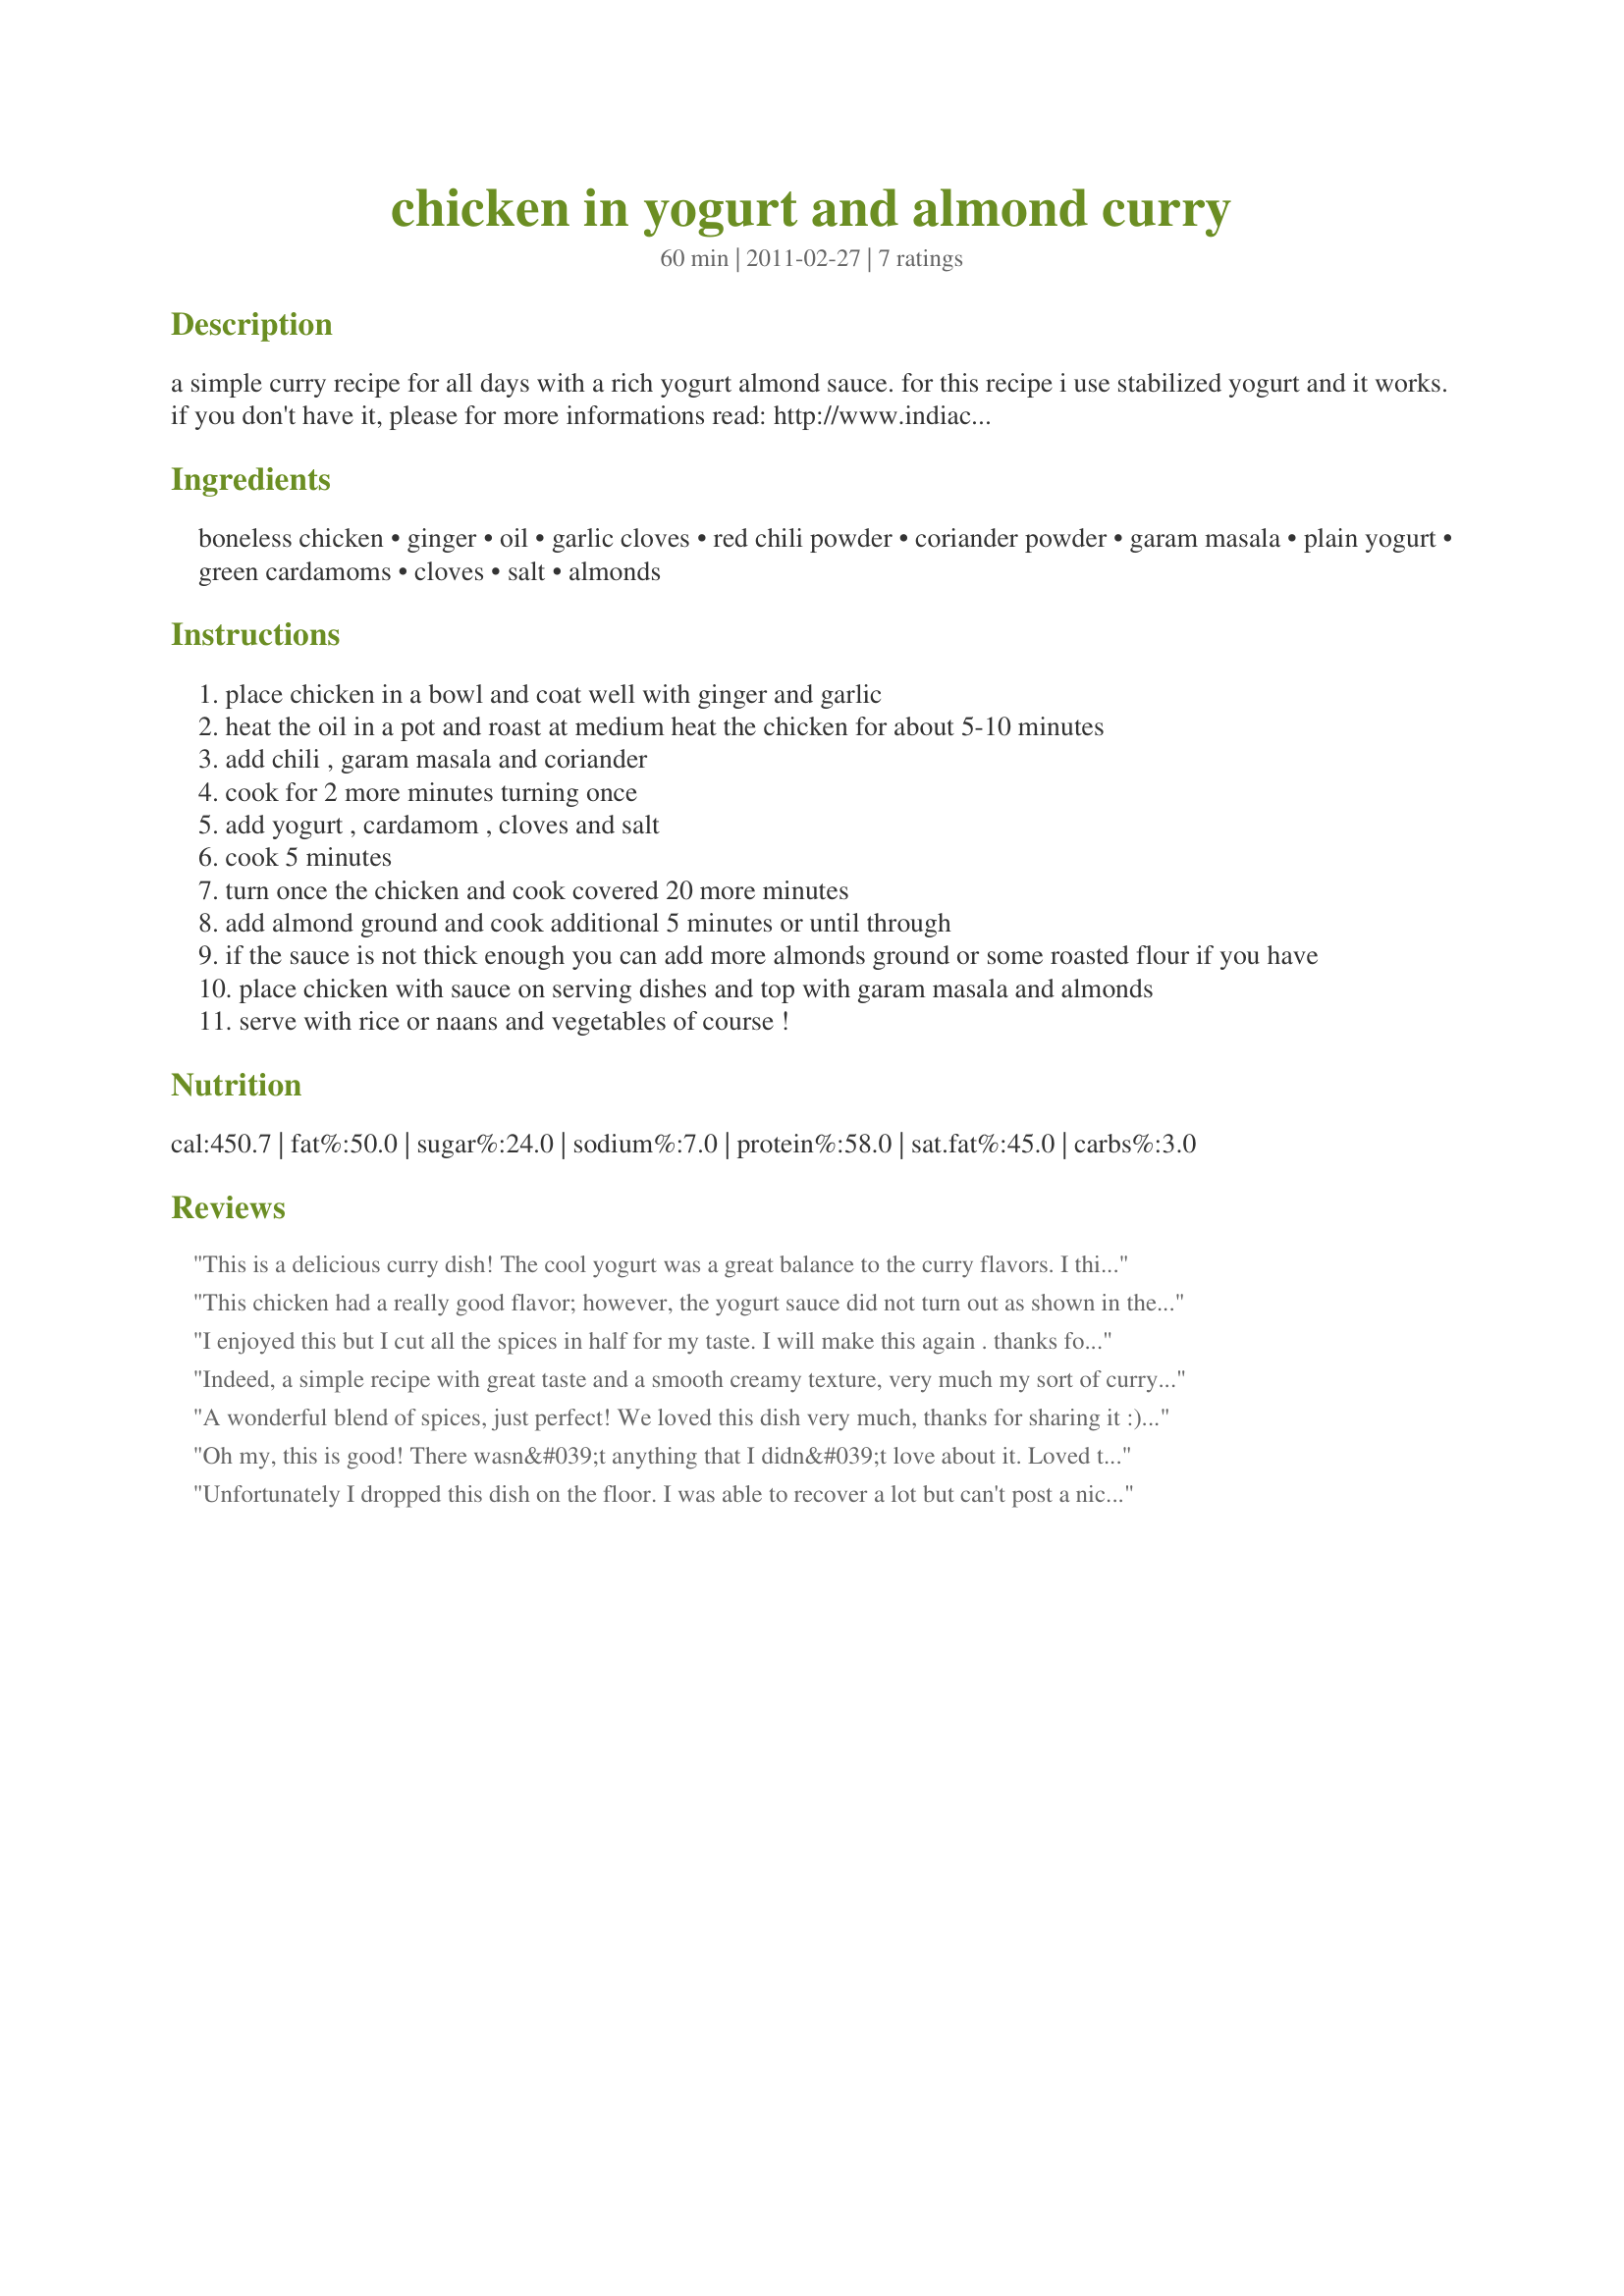
chicken in yogurt and almond curry
Preparation time: 60 minutes

a simple curry recipe for all days with a rich yogurt almond sauce.
for this recipe i use stabilized yogurt and it works. if you don't have it, please for more informations read: http://www.indiacurry.com/faqhints/preventyogurtcurdling.htm

Ingredients:
boneless chicken, ginger, oil, garlic cloves, red chili powder, coriander powder, garam masala, plain yogurt, green cardamoms, cloves, salt, almonds

Steps:
place chicken in a bowl and coat well with ginger and garlic
heat the oil in a pot and roast at medium heat the chicken for about 5-10 minutes
add chili , garam masala and coriander
cook for 2 more minutes turning once
add yogurt , cardamom , cloves and salt
cook 5 minutes
turn once the chicken and cook covered 20 more minutes
add almond ground and cook additional 5 minutes or until through
if the sauce is not thick enough you can add more almonds ground or some roasted flour if you have
place chicken with sauce on serving dishes and top with garam masala and almonds
serve with rice or naans and vegetables of course !

Reviews:
This is a delicious curry dish! The cool yogurt was a great balance to the curry flavors. I think my pan was too hot when I added the yogurt because it curdled, so make sure your pan is on a low heat and your yogurt is room temp before adding it. Nonetheless, the flavor of the chicken and the sauce was delicious - we really enjoyed - thanks for sharing the recipe!
This chicken had a really good flavor; however, the yogurt sauce did not turn out as shown in the picture. Perhaps I should have used greek yogurt vs. plain yogurt. I will definitely try this dish again and try greek yogurt since it has a thicker consistency than regular yogurt. Made for the AUS/NZ Make My Recipe Tag, November, 2011.
I enjoyed this but I cut all the spices in half for my taste. I will make this again . thanks for posting.Made for world tour 8
Indeed, a simple recipe with great taste and a smooth creamy texture, very much my sort of curry! I cut my chicken into bite size pieces, prefer it that way, and since we were only 2, I cut back on the chicken but not on the sauce, so had lots of delicious sauce to enjoy with rice :) I did use a thick yoghurt, of a Greek yoghurt texture.<br/>This was lovely, awalde, thank you, made for PRMR tag game
A wonderful blend of spices, just perfect! We loved this dish very much, thanks for sharing it :)<br/>I used greek sheep yoghurt which is very creamy, and instead of ground almonds (I didn't have any) I used roasted almond butter. So the sauce became extremely creamy and smooth. Served this with sweet potato and curried cauliflower.<br/>Made for Holiday Jolly Diabetic Friendly Foods and Game of the Diabetes Forum.
Oh my, this is good! There wasn&#039;t anything that I didn&#039;t love about it. Loved the curry and yogurt together (used fat free Greek yogurt). It made a perfect summer meal with just a green salad on the side. Easy to make too and who doesn&#039;t love that. :D
Unfortunately I dropped this dish on the floor. I was able to recover a lot but can't post a nice picture :( What I was able to salvage was delicious.
